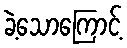
ခဲ့သောကြောင့်